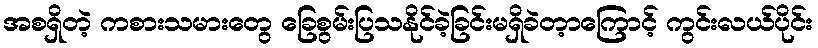
အစရှိတဲ့ ကစားသမားတွေ ခြေစွမ်းပြသနိုင်ခဲ့ခြင်းမရှိခဲတ့ာကြောင့် ကွင်းလယ်ပိုင်း